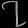
Digit: ၇